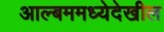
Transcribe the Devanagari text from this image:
आल्बममध्येदेखील